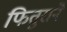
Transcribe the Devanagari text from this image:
फितुराने